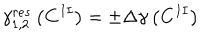
\gamma _ { 1 , 2 } ^ { r e s } \left( { \bf C } ^ { I I } \right) = \pm \Delta \gamma \left( { \bf C } ^ { I I } \right)